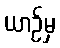
ယာဉ်မှ